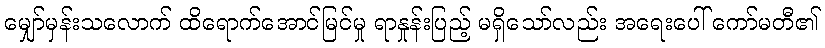
မျှော်မှန်းသလောက် ထိရောက်အောင်မြင်မှု ရာနှုန်းပြည့် မရှိသော်လည်း အရေးပေါ် ကော်မတီ၏